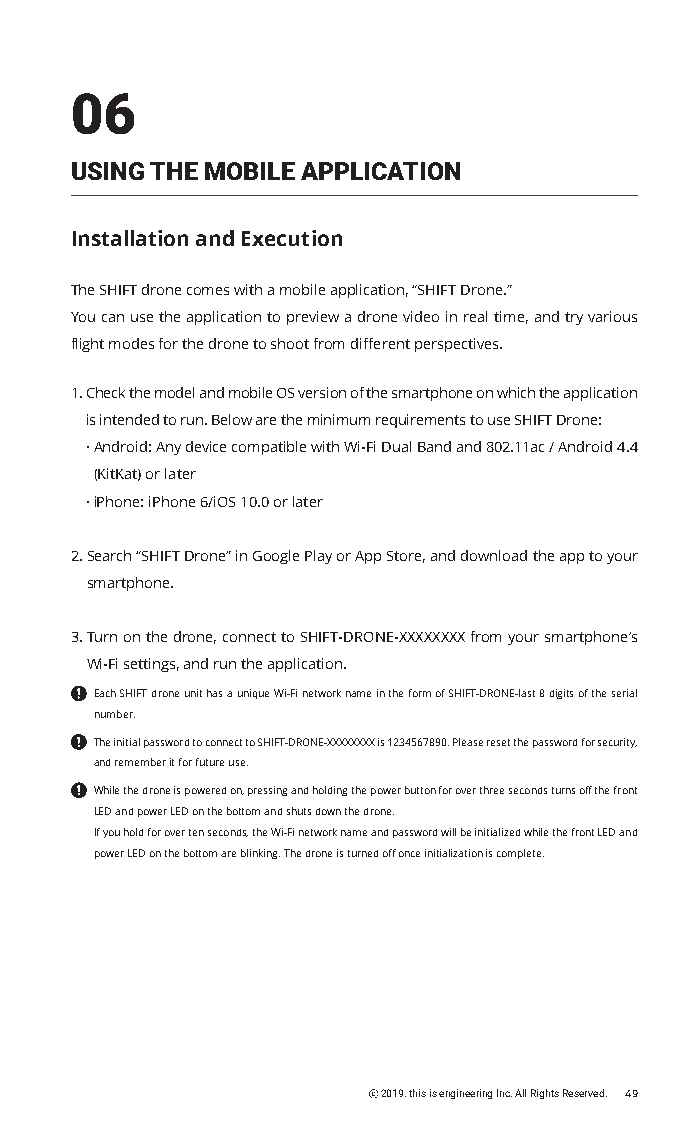
06
 USING THE MOBILE APPLICATION
 Installation and Execution
 The SHIFT drone comes with a mobile application, “SHIFT Drone.”
 You can use the application to preview a drone video in real time, and try various
 flight modes for the drone to shoot from different perspectives.
 1. Check the model and mobile OS version of the smartphone on which the application
 is intended to run. Below are the minimum requirements to use SHIFT Drone:
 · Android: Any device compatible with Wi-Fi Dual Band and 802.11ac / Android 4.4
 (KitKat) or later
 · iPhone: iPhone 6/iOS 10.0 or later
 2. Search “SHIFT Drone” in Google Play or App Store, and download the app to your
 smartphone.
 3. Turn on the drone, connect to SHIFT-DRONE-XXXXXXXX from your smartphone’s
 Wi-Fi settings, and run the application.
 Each SHIFT drone unit has a unique Wi-Fi network name in the form of SHIFT-DRONE-last 8 digits of the serial
 number.
 The initial password to connect to SHIFT-DRONE-XXXXXXXX is 1234567890. Please reset the password for security,
 and remember it for future use.
 While the drone is powered on, pressing and holding the power button for over three seconds turns off the front
 LED and power LED on the bottom and shuts down the drone.
 If you hold for over ten seconds, the Wi-Fi network name and password will be initialized while the front LED and
 power LED on the bottom are blinking. The drone is turned off once initialization is complete.
 ⓒ 2019. this is engineering Inc. All Rights Reserved. 49